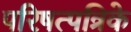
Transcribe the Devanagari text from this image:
परिषत्पत्रिके